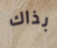
بذاك